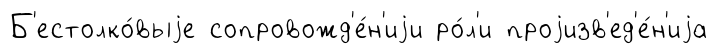
Б'естолко́выjе сопровожд'е́н'иjи ро́л'и проjизв'ед'е́н'иjа